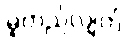
မူတည်လျက်